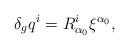
LaTeX: \begin{align*}\delta_{g}q^{i} =R^{i}_{\alpha_{0}}\xi^{\alpha_{0}} ,\end{align*}